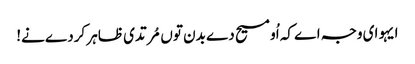
ایہو ای وجہ اے کہ اُو مسیح دے بدن توں مُرتدی ظاہر کردے نے!